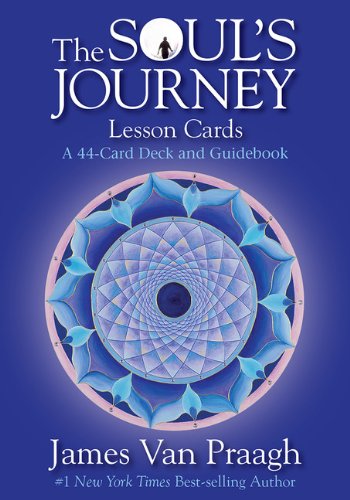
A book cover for The Soul's Journey Lesson Cards: A 44-Card Deck and Guidebook; James Van Praagh; Religion & Spirituality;